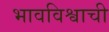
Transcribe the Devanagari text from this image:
भावविश्वाची